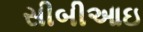
સીબીઆઇ